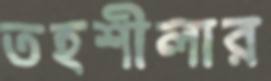
তহশীলার